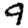
Digit: 9